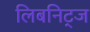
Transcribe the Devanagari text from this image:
लिबनिट्ज